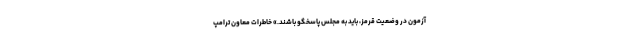
آزمون در وضعیت قرمز، باید به مجلس پاسخگو باشند.» خاطرات معاون ترامپ